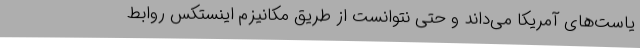
یاست‌های آمریکا می‌داند و حتی نتوانست از طریق مکانیزم اینستکس روابط